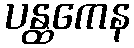
ပန္ထကေန